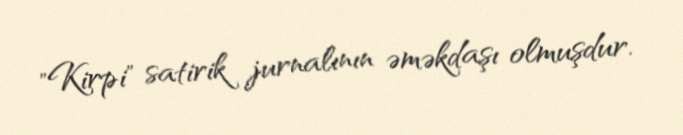
"Kirpi" satirik jurnalının əməkdaşı olmuşdur.